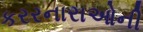
કરરનારાઓની